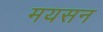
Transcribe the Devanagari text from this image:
मयसन